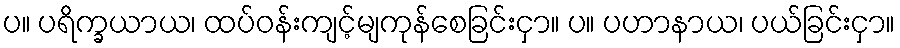
ပ။ ပရိက္ခယာယ၊ ထပ်ဝန်းကျင့်မျကုန်စေခြင်းငှာ။ ပ။ ပဟာနာယ၊ ပယ်ခြင်းငှာ။